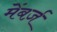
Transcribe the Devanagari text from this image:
मेंबर्ज़